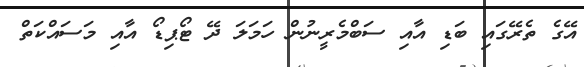
އޭގެ ތެރޭގައި ބަޑި އާއި ސަބްމެރީނުން ހަމަލަ ދޭ ޓޯޕިޑޯ އާއި މަސައްކަތް